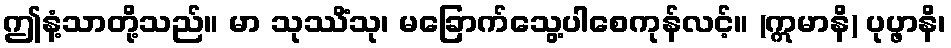
ဤနံ့သာတို့သည်။ မာ သုဿိံသု၊ မခြောက်သွေ့ပါစေကုန်လင့်။ (ဣမာနိ) ပုပ္ဖာနိ၊